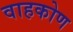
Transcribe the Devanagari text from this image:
वाहकोण